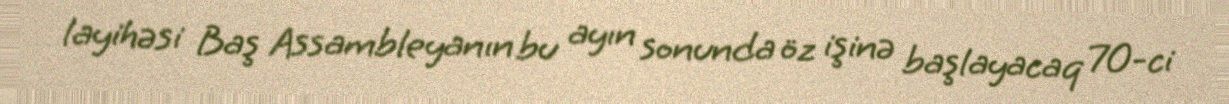
layihəsi Baş Assambleyanın bu ayın sonunda öz işinə başlayacaq 70-ci